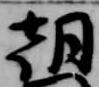
朝